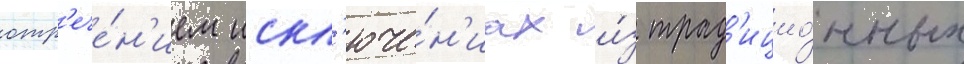
отр'ече́н'ием искл'юче́н'иах и́з трад'ицио́нных